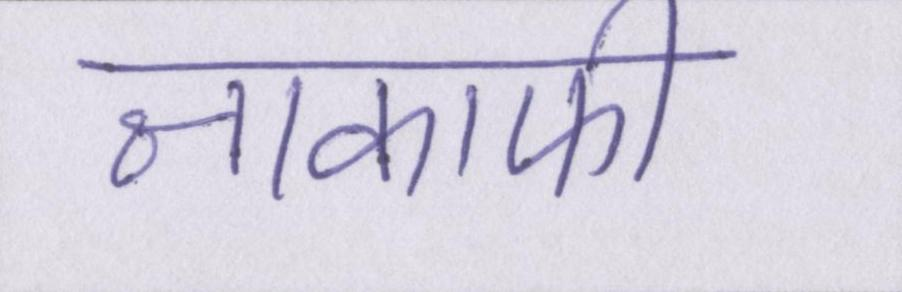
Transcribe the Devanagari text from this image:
नाकाफी